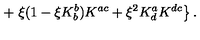
+ \left. \xi ( 1 - \xi K _ { b } ^ { b } ) K ^ { a c } + \xi ^ { 2 } K _ { d } ^ { a } K ^ { d c } \right\} .